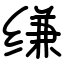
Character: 缣